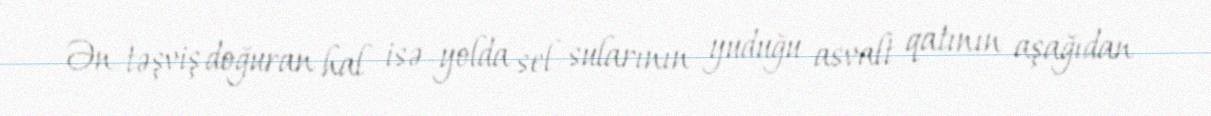
Ən təşviş doğuran hal isə yolda sel sularının yuduğu asvalt qatının aşağıdan